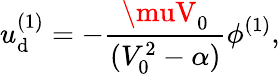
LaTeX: u_{\mathrm{d}}^{(1)}=-\frac{{\muV_{0}}}{{(V_{0}^{2}-\alpha)}}\phi^{(1)},